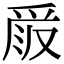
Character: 𠭧